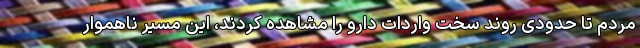
مردم تا حدودی روند سخت واردات دارو را مشاهده کردند، این مسیر ناهموار